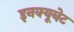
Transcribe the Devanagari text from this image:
इनक्यूबेट